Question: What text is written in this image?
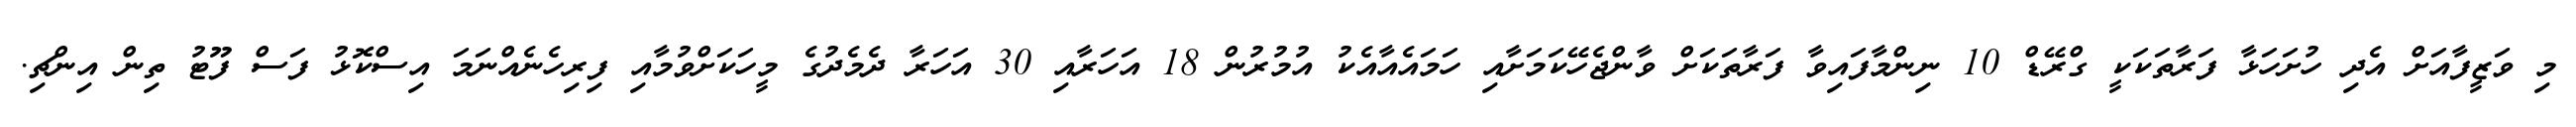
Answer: މި ވަޒީފާއަށް އެދި ހުށަހަޅާ ފަރާތަކަކީ ގްރޭޑް 10 ނިންމާފައިވާ ފަރާތަކަށް ވާންޖެހޭކަމަށާއި ހަމައެއާއެކު އުމުރުން 18 އަހަރާއި 30 އަހަރާ ދެމެދުގެ މީހަކަށްވުމާއި ފިރިހެނެއްނަމަ އިސްކޮޅު ފަސް ފޫޓު ތިން އިންޗި.